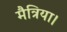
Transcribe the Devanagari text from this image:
मैत्रिया।